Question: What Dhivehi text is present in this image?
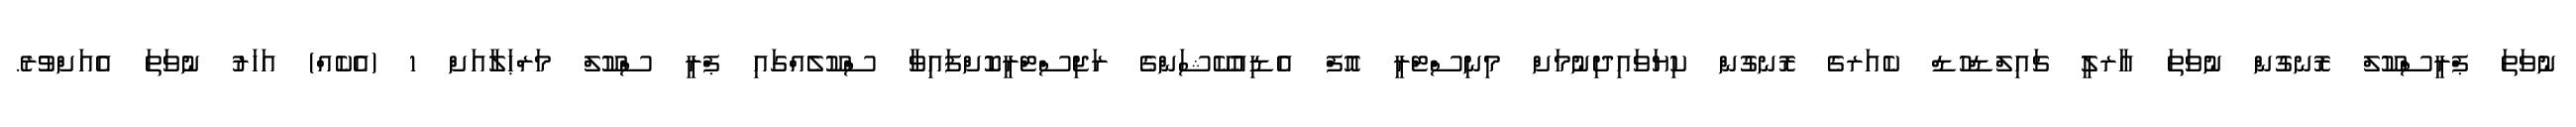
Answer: ނުވަތަ ޕްރީސްކޫލް ރޮނގުން ނުވަތަ އާރލީ ޗައިލްޑްހުޑް ކެއަރގެ ރޮނގުން ކިޔަވައިދިނުމަށް މިނިސްޓްރީ އޮފް އެޑިއުކޭޝަންގެ ރަޖިސްޓްރީކޮށްފައިވާ ސްކޫލެއްގައި ޕްރީ ސްކޫލް މަރްޙަލާއަށް 1 (އެކެއް) އަހަރު ނުވަތަ އެއަށްވުރެ.